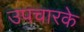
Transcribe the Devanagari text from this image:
उपचारके